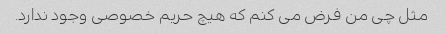
مثل چی من فرض می کنم که هیچ حریم خصوصی وجود ندارد.